Supplement to the account of plague administration in the Bombay Presidency from September 1896 till May 1897
Year: 1896
Disease focus: Plague
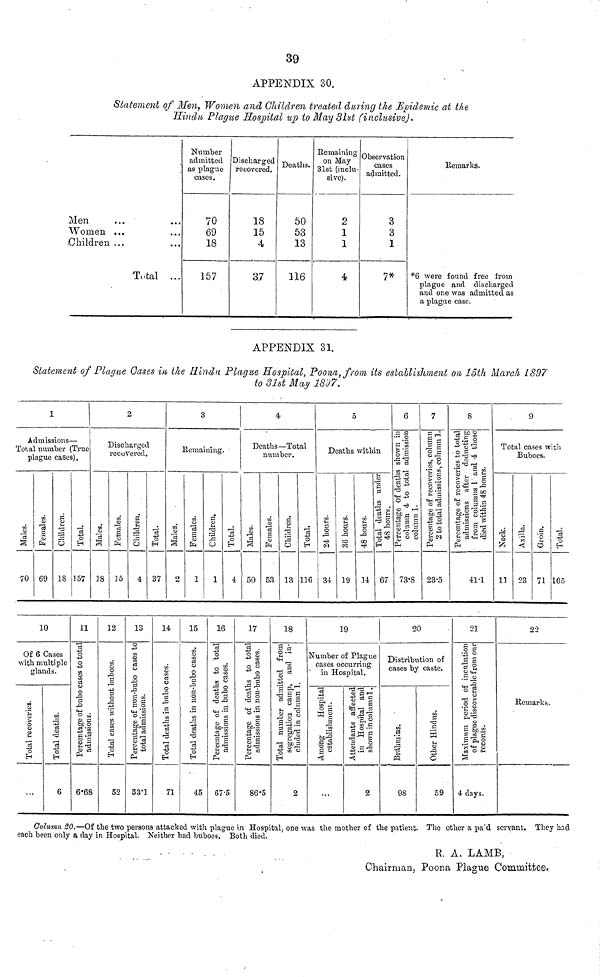
39
APPENDIX 30.
Statement of Men, Women and Children treated during the Epidemic at the
Hindu Plague Hospital up to May 31st (inclusive).
Men
Women
Children
• • •
...
Total
•
• • •
...
Number
admitted
as plague
cases.
70
69
18
Discharged
recovered.
18
15
4
Deaths.
50
53
13
Remaining
on May
81st (inclu-
sive;.
2
1
1
Observation
cases
admitted.
3
3
1
Remarks.
...
157
3.7
116
4
7*
*6 were found free from
plague and discharged
and one was admitted as
a plague case.
APPENDIX 31.
Statement of Plague Oases in the Hindu Plague Hospital, Poona, from its establishment on 15th March 1897
to 81st May 1897.
1
Admissions—
Total number (True
plague cases).
Males.
70
Females.
69
10
Children.
18
Of 6 Cases
with multiple
glands.
Total recoveries.
• • •
Total deaths.
6
Total.
157
11
2
Discharged
recovered.
Males.
18
Percentage of bubo cases to total admissions.
6.68
Females.
15
12
Total cases without buboes.
52
Children.
4
13
Percentage of non-bubo cases to total admissions.
33.1
Total.
37
14
3
Remaining.
Males.
2
Total deaths in bubo cases.
71
Females.
1
15
Total deaths in non-bubo cases.
45
Children.
1
16
Total.
4
Percentage of deaths to total admissions in bubo cases.
67.5
4
Deaths—Total
number.
Males.
50
17
Females.
53
Percentage of deaths to total admissions in non-bubo cases.
86.5
Children.
13
18
Total number admitted from segregation camp, and in-cluded in column 1.
2
Total.
116
5
Deaths within
24 hours.
34
36 hours.
19
19
48 hours.
14
Number of Plagn
cases occurring
in Hospital.
Among Hospital establishment.
• • •
Total deaths under 48 hours.
67
6
Percentage of deaths shown in column 4 to total a
73-8
20
7
Percentage of recoveries, column 2 to tota
23-5
Distribution of
cases by caste.
Attendants affected in Hospital and shown in column1.
2
Brahmins.
98
Other Hindus.
59
8
Percentage of recoveries to total ad
41-1
21
Maximum period of incubation of pl
4 days.
9)
Total cases with
Buboes.
Neck.
11
Axilla.
23
Groin.
71
22
Total.
105
Remarks.
Column 20.—Of the two persons attacked with plague in Hospital, one was the mother of the patient. The other a pa'd servant. They had
each been only a day in Hospital. Neither had buboes. Both died.
R. A. LAMB,
Chairman, Poona Plague Committee.